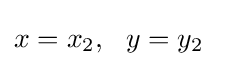
x=x_{2},\ \ y=y_{2}\ \